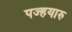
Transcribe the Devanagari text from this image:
पज्हयारु